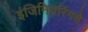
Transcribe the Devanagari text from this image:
इंजिनियरिंगचे